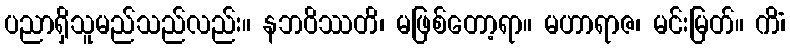
ပညာရှိသူမည်သည်လည်း။ နဘဝိဿတိ၊ မဖြစ်တော့ရာ။ မဟာရာဇ၊ မင်းမြတ်။ ကိံ၊